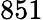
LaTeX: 851